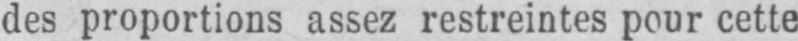
des proportions assez restreintes pour cette